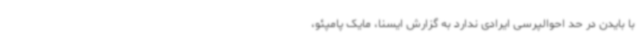
با بایدن در حد احوالپرسی ایرادی ندارد به گزارش ایسنا، مایک پامپئو،